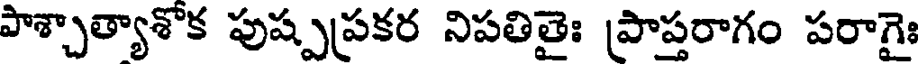
పాశ్చాత్యాశొక పుష్పప్రకర నిపతితైః ప్రాప్తరాగం పరాగైః